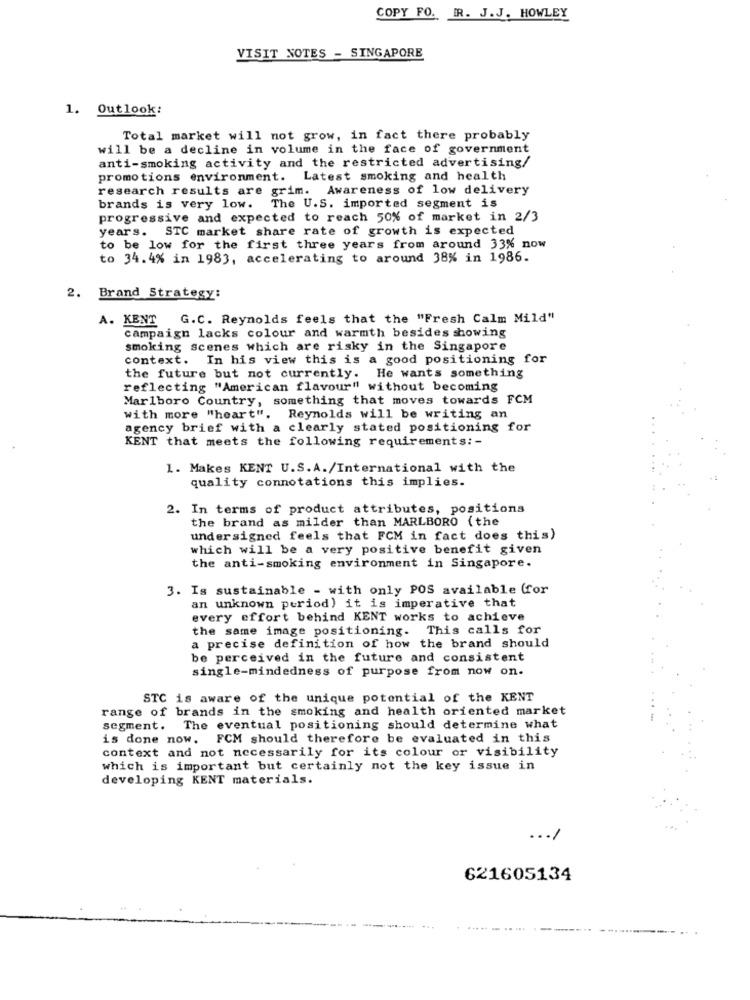
COPY FO. R. J.J. HOWLEY
VISIT NOTES - SINGAPORE
1. Outlook:
Total market will not grow, in fact there probably
will be a decline in volume in the face of government
anti-smoking activity and the restricted advertising/
promotions environment. Latest smoking and health
research results are grim. Awareness of low delivery
brands is very low. The U.S. imported segment is
progressive and expected to reach 50% of market in 2/3
years. STC market share rate of growth is expected
to be low for the first three years from around 33% now
to 34.4% in 1983, accelerating to around 38% in 1986.
2. Brand Strategy:
A. KENT
G.C. Reynolds feels that the "Fresh Calm Mild"
campaign lacks colour and warmth besides mowing
smoking scenes which are risky in the Singapore
context. In his view this is a good positioning for
the future but not currently. He wants something
reflecting "American flavour" without becoming
Marlboro Country, something that moves towards FCM
with more "heart".
Reynolds will be writing an
agency brief with a clearly stated positioning for
KENT that meets the following requirements: -
1. Makes KENT U.S.A./International with the
quality connotations this implies.
2. In terms of product attributes, positions
the brand as milder than MARLBORO ( the
undersigned feels that FCM in fact does this)
which will be a very positive benefit given
the anti-smoking environment in Singapore.
3. Is sustainable - with only POS available (for
an unknown period) it is imperative that
every effort behind KENT works to achieve
the same image positioning. This calls for
a precise definition of how the brand should
be perceived in the future and consistent
single-mindedness of purpose from now on.
STC is aware of the unique potential of the KENT
range of brands in the smoking and health oriented market
segment.
The eventual positioning should determine what
is done now. FCM should therefore be evaluated in this
context and not necessarily for its colour or visibility
which is important but certainly not the key issue in
developing KENT materials.
... /
621605134